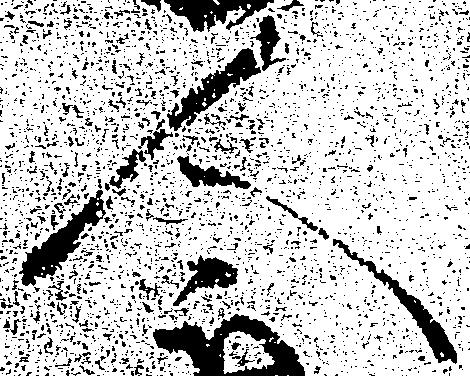
人